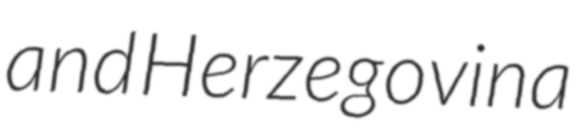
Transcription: and Herzegovina